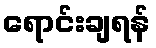
ရောင်းချရန်